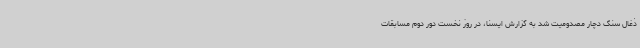
ذغال سنگ دچار مصدومیت شد به گزارش ایسنا، در روز نخست دور دوم مسابقات